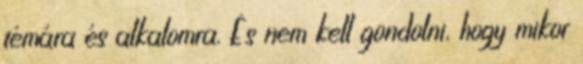
témára és alkalomra. És nem kell gondolni, hogy mikor